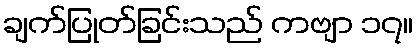
ချက်ပြုတ်ခြင်းသည် ကဗျာ ၁၇။